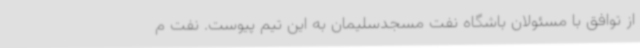
از توافق با مسئولان باشگاه نفت مسجدسلیمان به این تیم پیوست. نفت م